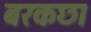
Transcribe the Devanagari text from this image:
बरकछा